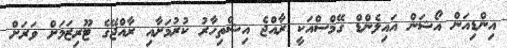
އިންޑިއަން އޯޝަން އައިލެންޑް ގޭމްސްއަކީ ރާއްޖެ އިޝްތިހާރު ކުރުމަށާއި ރާއްޖޭގެ ޓޫރިޒަމަށް ވަރަށް